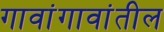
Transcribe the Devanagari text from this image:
गावांगावांतील